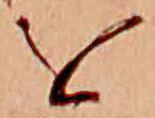
を